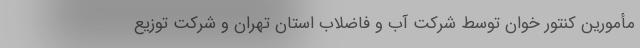
مأمورین کنتور خوان توسط شرکت آب و فاضلاب استان تهران و شرکت توزیع